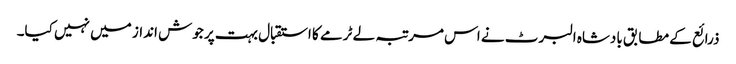
ذرائع کے مطابق بادشاہ البرٹ نے اس مرتبہ لے ٹرمے کا استقبال بہت پر جوش انداز میں نہیں کیا۔